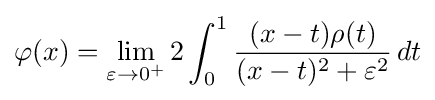
\varphi (x)=\lim _{\varepsilon \to 0^{+}}2\int _{0}^{1}{\frac {(x-t)\rho (t)}{(x-t)^{2}+\varepsilon ^{2}}}\,dt